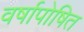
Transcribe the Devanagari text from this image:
वर्षापोषित